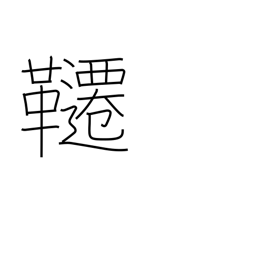
Meaning: trapeze